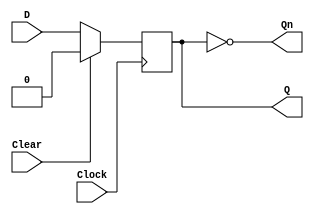
//async active hi reset DFF
module DFF (output reg Q, output Qn, input D, Clear, Clock); 
	always @ (posedge Clock) begin
		if (Clear)
			Q <= 1'b0;
		else
			Q <= D;
	end
	assign Qn = ~Q;
endmodule